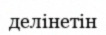
делінетін